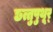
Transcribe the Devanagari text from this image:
छत्तुपुथूर्